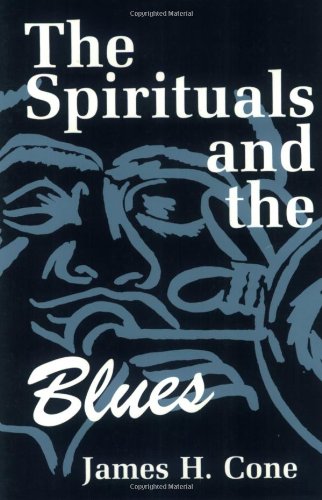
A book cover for The Spirituals and the Blues: An Interpretation; James H. Cone; Christian Books & Bibles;